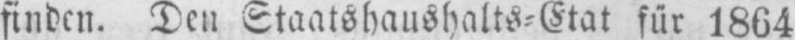
finden. Den Staatshaushalts⸗Etat für 1864